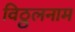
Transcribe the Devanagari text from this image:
विठ्ठलनाम